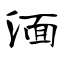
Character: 湎